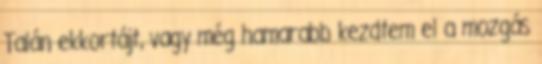
Talán ekkortájt, vagy még hamarabb kezdtem el a mozgás